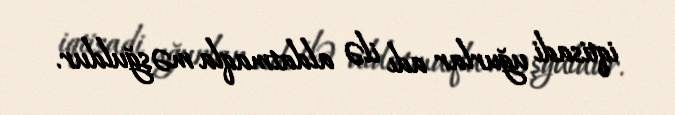
iqtisadi uğurlar adı ilə aldatmaqla məşğuldur.